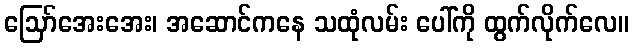
ဪအေးအေး၊ အဆောင်ကနေ သထုံလမ်း ပေါ်ကို ထွက်လိုက်လေ။